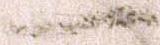
一